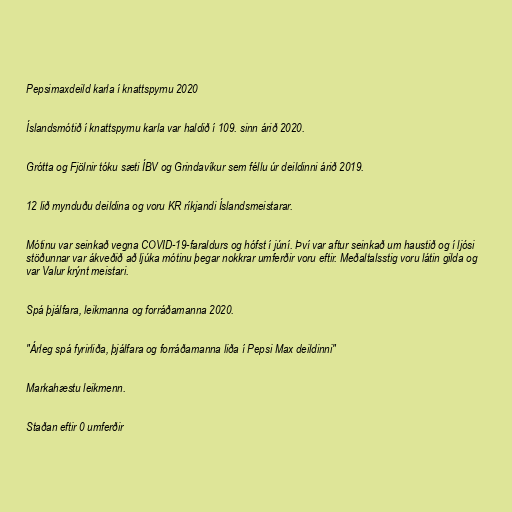
Pepsimaxdeild karla í knattspyrnu 2020

Íslandsmótið í knattspyrnu karla var haldið í 109. sinn árið 2020.

Grótta og Fjölnir tóku sæti ÍBV og Grindavíkur sem féllu úr deildinni árið 2019.

12 lið mynduðu deildina og voru KR ríkjandi Íslandsmeistarar.

Mótinu var seinkað vegna COVID-19-faraldurs og hófst í júní. Því var aftur seinkað um haustið og í ljósi
stöðunnar var ákveðið að ljúka mótinu þegar nokkrar umferðir voru eftir. Meðaltalsstig voru látin gilda og
var Valur krýnt meistari.

Spá þjálfara, leikmanna og forráðamanna 2020.

"Árleg spá fyrirliða, þjálfara og forráðamanna liða í Pepsi Max deildinni"

Markahæstu leikmenn.

Staðan eftir 0 umferðir